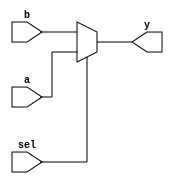
// Course: CSE 401- Computer Architecture
// Term: Winter 2020
// Name: Erika Gutierrez
// ID: 005318270

`timescale 1ns / 1ps

module bottom_mux (
    output	wire	[4:0]	y,		// Output of Multiplexer
	input	wire	[4:0]	a,		// Input 1 of Multiplexer
							b,		// Input 0 of Multiplexer
    input	wire	        sel // Select Input
);

    assign	y = sel ? a : b;

endmodule   //bottom_mux